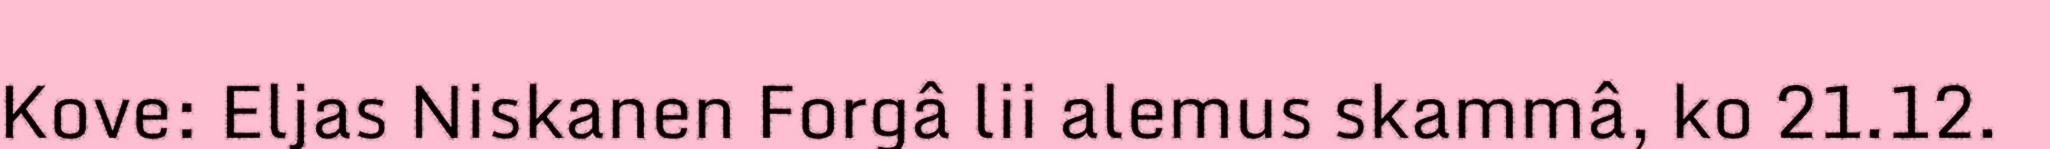
Kove: Eljas Niskanen Forgâ lii alemus skammâ, ko 21.12.